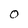
Character: O